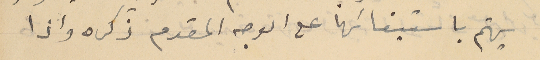
يهتم باستيفائها على الوجه المقدم ذكره واذا